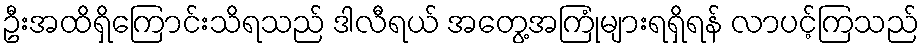
ဦးအထိရှိကြောင်းသိရသည် ဒါလီရယ် အတွေ့အကြုံများရရှိရန် လာပင့်ကြသည်